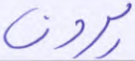
يرون